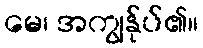
မေ၊ အကျွန်ုပ်၏။